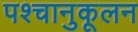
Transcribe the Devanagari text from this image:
पश्चानुकूलन